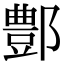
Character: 鄷